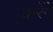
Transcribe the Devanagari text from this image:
करेंगेें